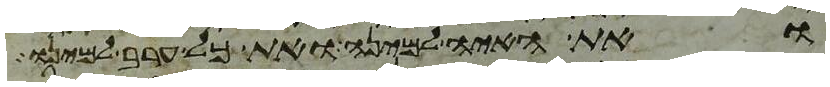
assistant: ואת האיה למינה ואת כל ערב למינו